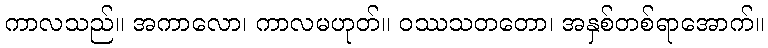
ကာလသည်။ အကာလော၊ ကာလမဟုတ်။ ဝဿသတတော၊ အနှစ်တစ်ရာအောက်။